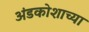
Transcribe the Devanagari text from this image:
अंडकोशाच्या